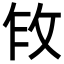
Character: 𫾩